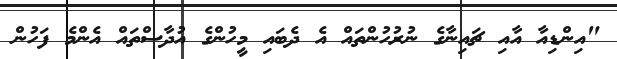
"އިންޑިއާ އާއި ޗައިނާގެ ނުރުހުންތައް އެ ދެބައި މީހުންގެ އުދާސްތައް އެންމެ ފަހުން